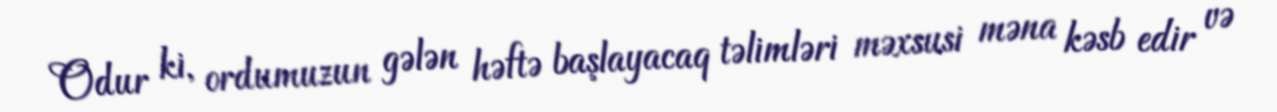
Odur ki, ordumuzun gələn həftə başlayacaq təlimləri məxsusi məna kəsb edir və